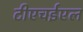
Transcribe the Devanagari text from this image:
टीएचईएल